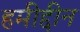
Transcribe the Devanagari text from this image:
हमीद्दीन